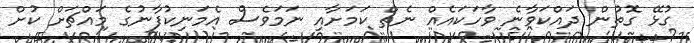
ގުޅޭ ގޮތުން ދައްކަވާނެ ވާހަކައެއް ނެތް ކަމަށާއި ނަމަވެސް އެމަނިކުފާނުގެ މައްޗަށް ކުށް